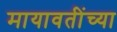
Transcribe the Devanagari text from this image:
मायावतींच्या